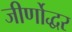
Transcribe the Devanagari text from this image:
जीर्णोद्धर